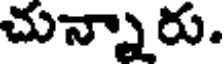
చున్నారు.